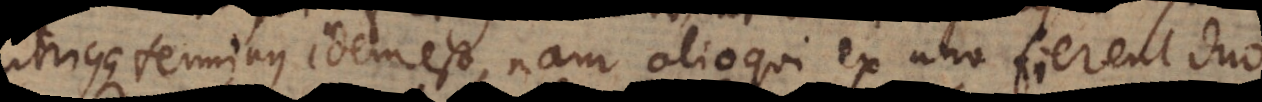
terminus idem est, nam alioqui ex uno fierent duo.